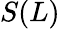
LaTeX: S(L)